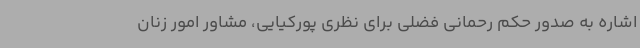
اشاره به صدور حکم رحمانی فضلی برای نظری پورکیایی، مشاور امور زنان